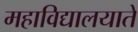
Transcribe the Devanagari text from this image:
महाविद्यालयाते